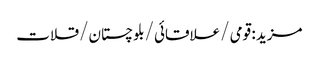
مزید : قومی /علاقائی /بلوچستان /قلات